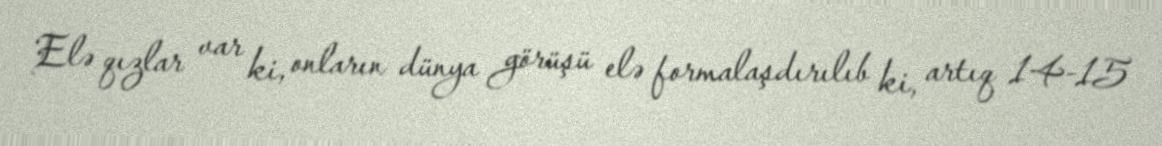
Elə qızlar var ki, onların dünya görüşü elə formalaşdırılıb ki, artıq 14-15